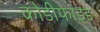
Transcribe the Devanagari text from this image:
कोडीफाइड